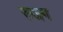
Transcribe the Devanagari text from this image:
रुजग